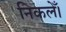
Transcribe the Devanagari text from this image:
निकलेँ।